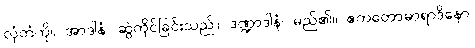
လှံတံကို။ အာဒါနံ၊ ဆွဲကိုင်ခြင်းသည်။ ဒဏ္ဍာဒါနံ၊ မည်၏။ ဧကတောဓာရာဒိနော၊